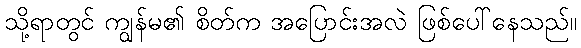
သို့ရာတွင် ကျွန်မ၏ စိတ်က အပြောင်းအလဲ ဖြစ်ပေါ်နေသည်။